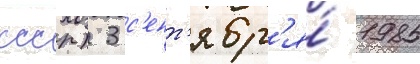
ссср) 3 с'ент'ябр'я́ 1985